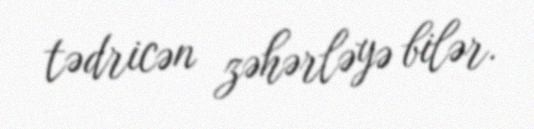
tədricən zəhərləyə bilər.